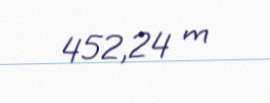
452,24 m